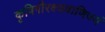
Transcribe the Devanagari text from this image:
कृषिगौरक्ष्यवाणिज्यं